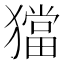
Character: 𤢎